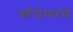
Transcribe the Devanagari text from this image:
कॉन्टेम्पररी